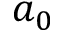
a _ { 0 }